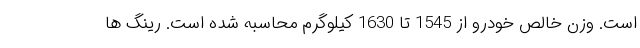
است. وزن خالص خودرو از 1545 تا 1630 کیلوگرم محاسبه شده است. رینگ ها